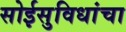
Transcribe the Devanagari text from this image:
सोईसुविधांचा